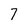
Character: 7